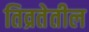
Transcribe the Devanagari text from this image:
तिव्रतेतील